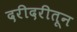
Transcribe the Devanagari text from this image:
दरीदरीतून